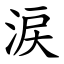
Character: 涙